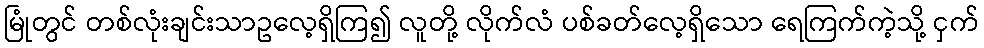
မြုံတွင် တစ်လုံးချင်းသာဥလေ့ရှိကြ၍ လူတို့ လိုက်လံ ပစ်ခတ်လေ့ရှိသော ရေကြက်ကဲ့သို့ ငှက်